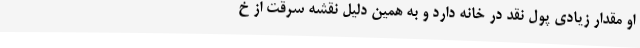
او مقدار زیادی پول نقد در خانه دارد و به همین دلیل نقشه سرقت از خ